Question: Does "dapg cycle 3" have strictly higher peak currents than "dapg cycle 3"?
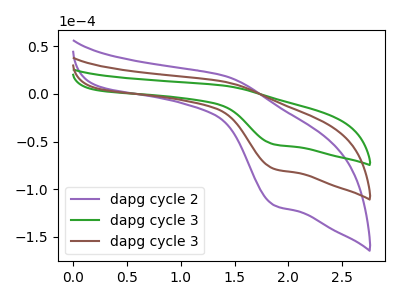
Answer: <think>The purple curve "dapg cycle 2" has an anodic peak at (1.40V, 25.30uA) and a cathodic peak at (1.85V, -157.75uA). The green curve "dapg cycle 3" has an anodic peak at (1.40V, 8.50uA) and a cathodic peak at (1.85V, -53.10uA). The brown curve "dapg cycle 3" has an anodic peak at (1.40V, 12.65uA) and a cathodic peak at (1.85V, -78.85uA).</think>
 <answer>Every peak in "dapg cycle 3" is lower than every peak in "dapg cycle 3".</answer>
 <eval>lower</eval>